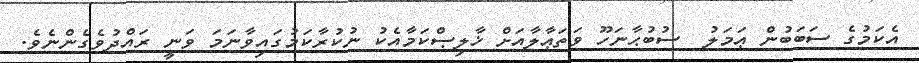
އެކަމުގެ ސަބަބުން ޢަމަލު  ސުބުޙާނަހޫ ވަތަޢާލާއަށް ޚާލިޞްކަމާއެކު ނުކުރާކަމުގައިވާނަމަ ވަނީ ރައްދުވެގެންނެވެ.